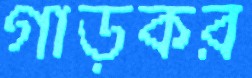
গাড়কর